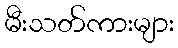
မီးသတ်ကားများ